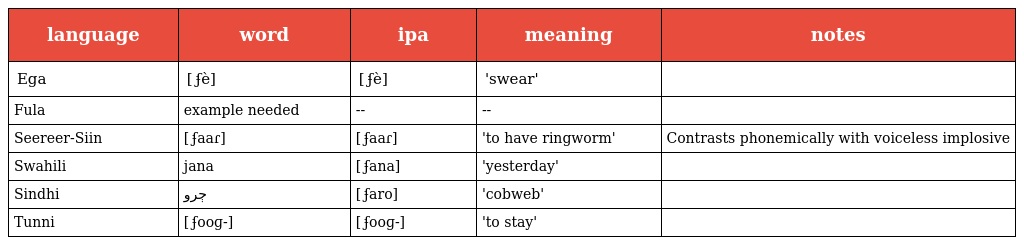
| language | word | ipa | meaning | notes |
 | --- | --- | --- | --- | --- |
 | Ega | [ ʄè] | [ ʄè] | 'swear' |  |
 | Fula | example needed | -- | -- |  |
 | Seereer-Siin | [ ʄaaɾ] | [ ʄaaɾ] | 'to have ringworm' | Contrasts phonemically with voiceless implosive |
 | Swahili | jana | [ ʄana] | 'yesterday' |  |
 | Sindhi | ڄرو | [ ʄaro] | 'cobweb' |  |
 | Tunni | [ ʄooɡ-] | [ ʄooɡ-] | 'to stay' |  |